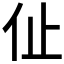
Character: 𠇈